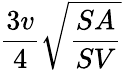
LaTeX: {\frac{3v}{4}}{\sqrt{\frac{SA}{SV}}}